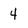
Character: 4